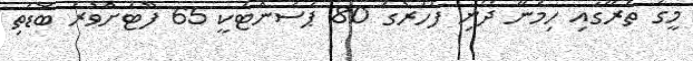
މީގެ ތެރޭގައި ހިމެނޭ ދޯނި ފަހަރުގެ 80 ޕަސެންޓަކީ 65 ފޫޓަށްވުރެ ބޮޑެތި